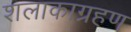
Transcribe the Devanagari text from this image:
शलाकाग्रहण